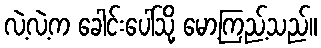
လဲ့လဲ့က ခေါင်းပေါ်သို့ မော့ကြည့်သည်။